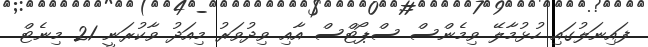
ފައިނަލުގައި ހުޅުމާލޭ ވިމެންސް ސްޕޯޓްސް އާއި ވިދުވަރު މިއަދު ވާކުރަނީ 21 މިނެޓް